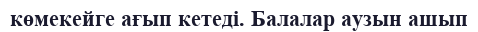
көмекейге ағып кетеді. Балалар аузын ашып